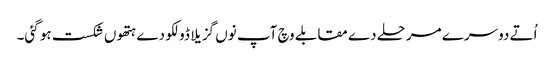
اُتے دوسرے مرحلے دے مقابلے وچ آپ نو‏‏ں گزیلا ڈولکو دے ہتھو‏ں شکست ہو گئی۔